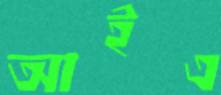
আইএ